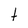
Character: t